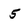
Character: 5